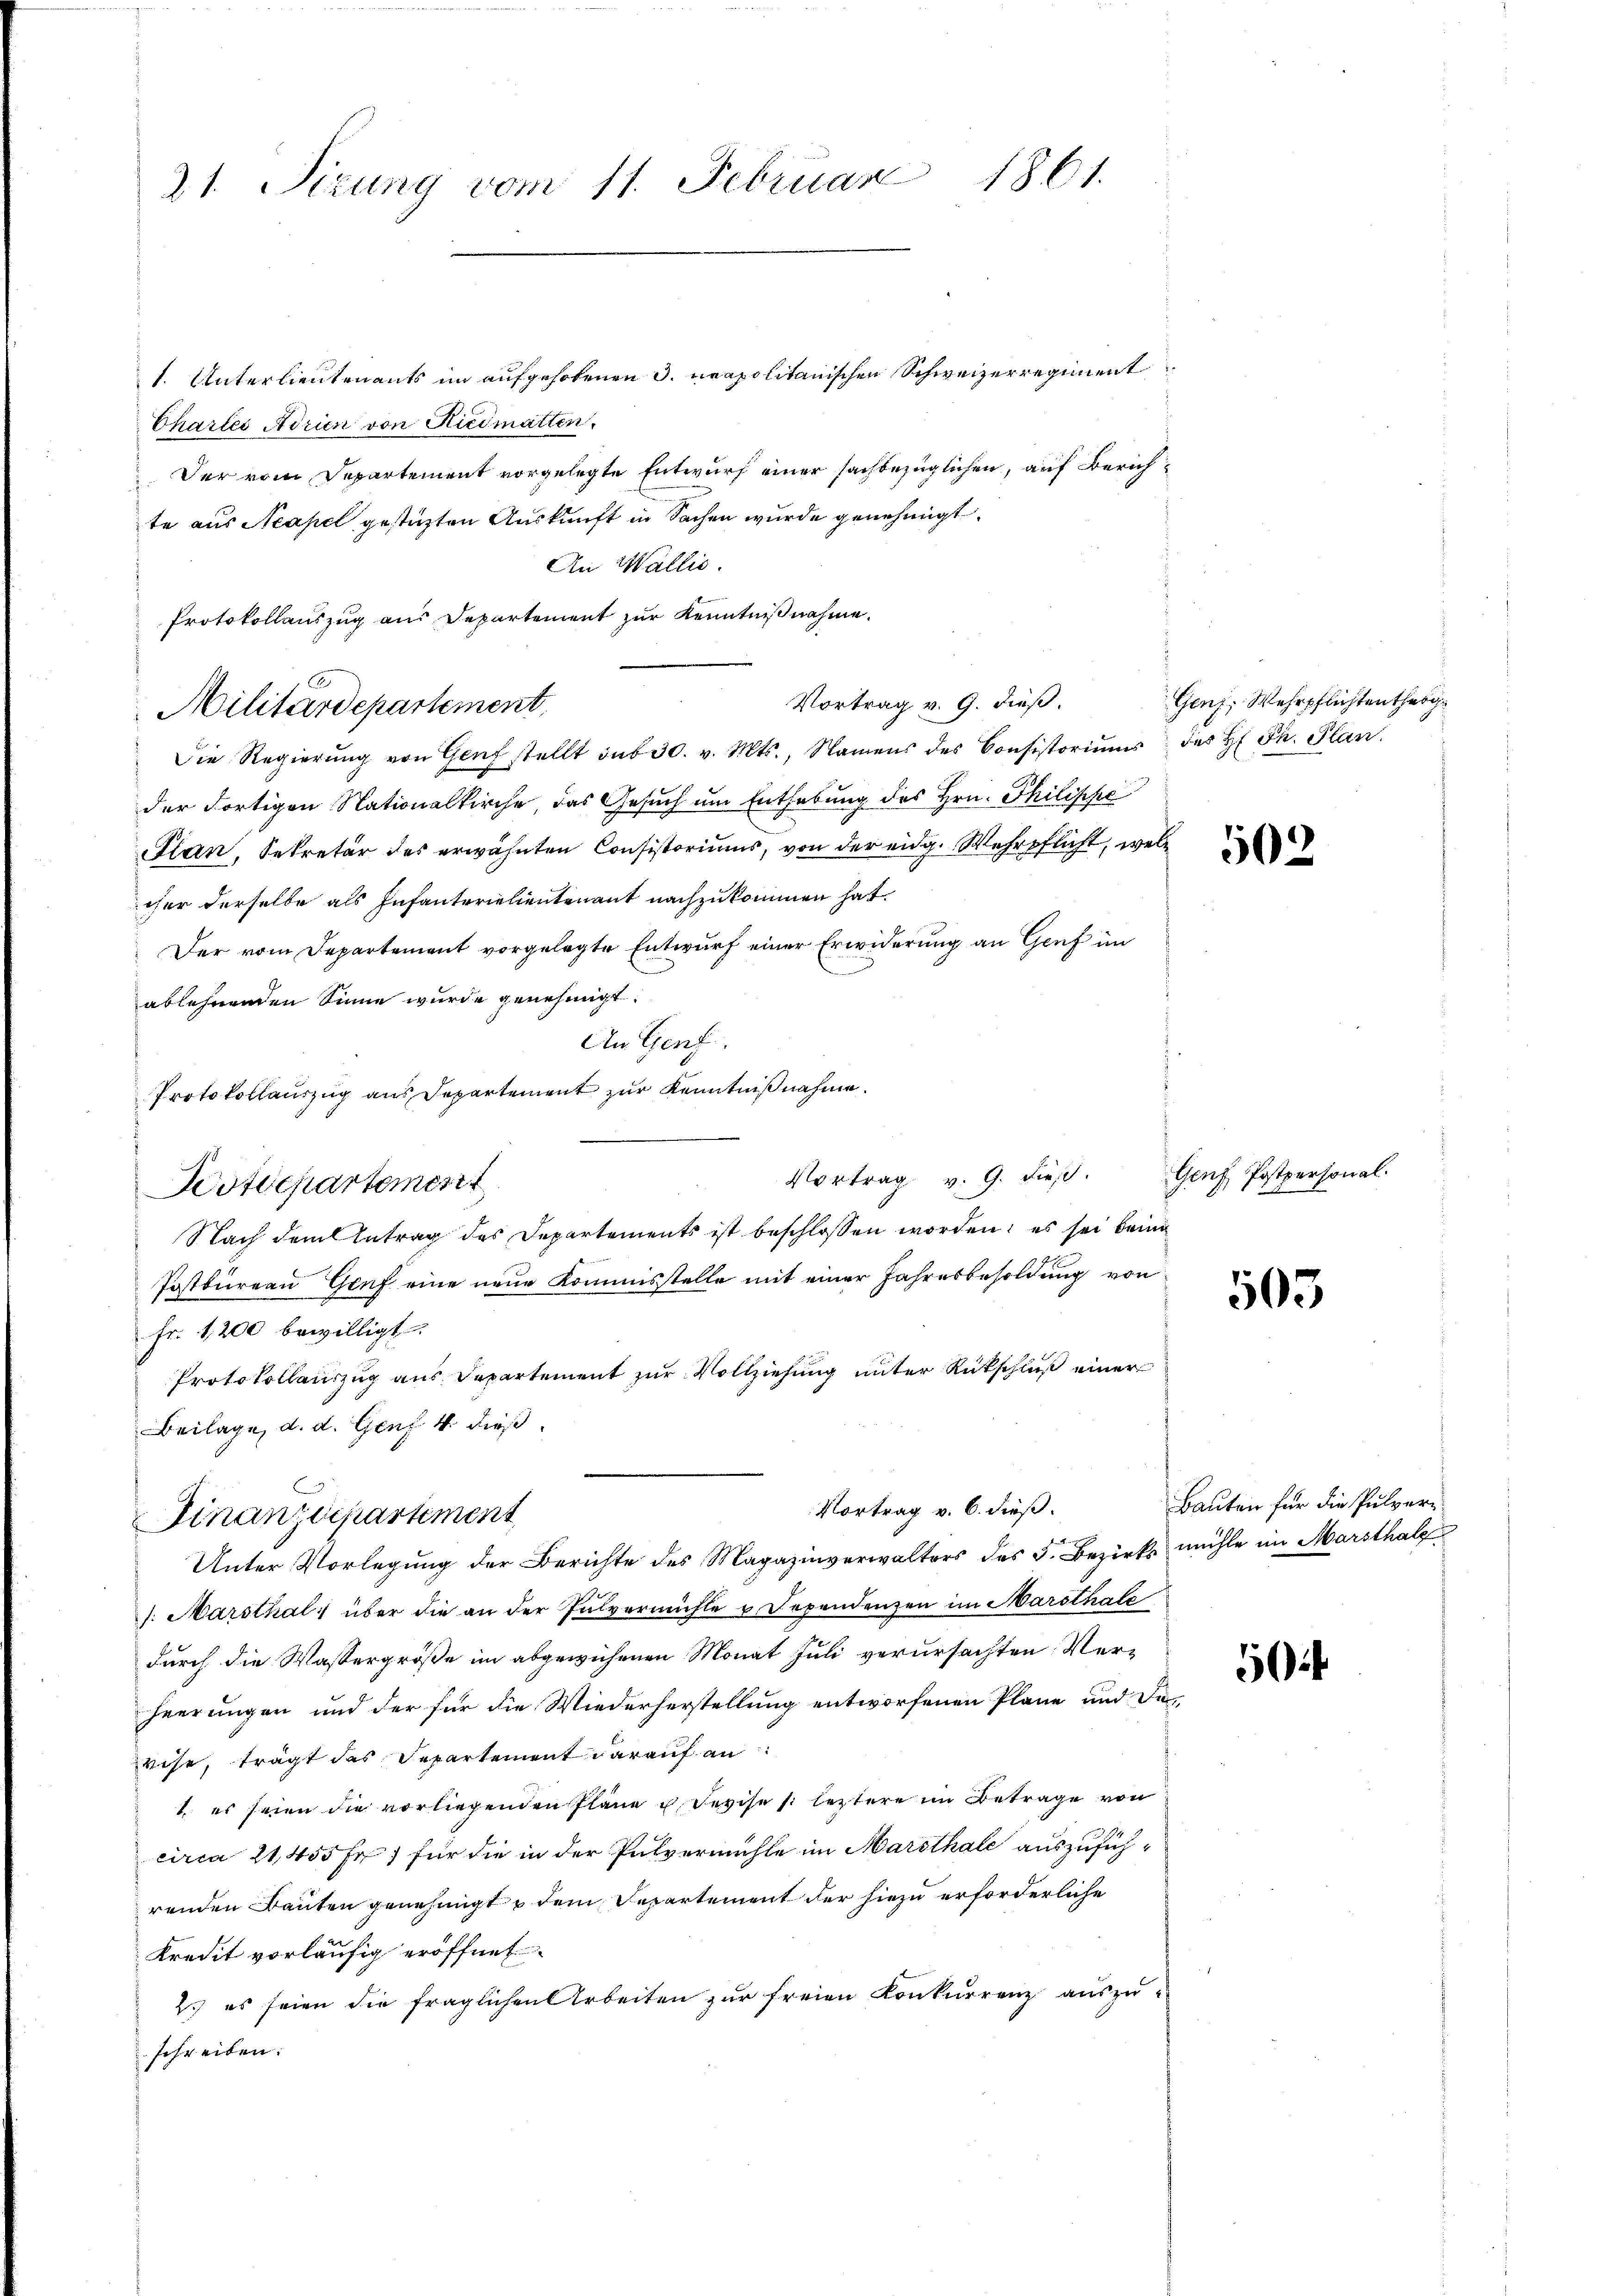
21. Sitzung vom 11. Februar 1861.

1. Unterlieutenants im aufgehobenen 3. neapolitanischen Schweizerregiment
Chartes Adrien von Riedmatten.
Der vom Departement vorgelegte Entwurf einer sachbezüglichen, auf Zürichte aus Neapel gestüzten Auskunft in Sachen wurde genehmigt.
An Wallis.
Protokollauszug aus Departement zur Kenntnißnahme.
Die Regierŭng von Genf stellt sub 30. v. Mts., Namens des Consistoriŭms des H. Th. Plan.
der Fortigen Nationalkirche, das Gesuch um Enthebung des Hrn. Philippe
Plan, Sekretär des erwähnten Consistoriums, von der eidg. Wehrpflicht, welc
cher derselbe als Infanterialientenant nachzukommen hat.
Der vom Departement vorgelegte Entwurf einer Erwiderung an Genf im
ablehnenden Sinne wurde genehmigt.
An Genf.
Protokollauszug aus Departement zur Kenntnißnahme.
Vortrag v. 9. dieß.
Postdepartemest
Nach dem Antrag des Departements ist beschlossen worden; es sei kein
Postbureau Gruf eine neue Kommisstelle mit einer Jahresbesoldung von
Fr. 1200 bewilligt.
Protokollauszug aus Departement zur Vollziehung unter Rückschluß einer
Beilage, d. d. Genf 4 dieß
Vortrag v. 6. dieß.
Finanzdepartement
Unter Vorlegung der Berichte des Magazinverwalters des 5. Bezirks mühle im Marsthal
: Marsthal über die an der Pulvermühle u. Dependenzen im Marsthale
durch die Wassergröße im abgewichenen Monat Juli verursachten Verheerungen und der für die Wiederherstellung entworfenen Pläne und de
wise, trägt das Separtement darauf an
1. es seien die vorliegenden Pläne u. Sevise si leztere im Betrage von
circa 21,455 Fr. für die in der Pulvermühle im Marthale auszuführenden Bauten genehmigt, dem Repartement der hiezu erforderliche
Kredit vorläufig eröffnet
2. es seien die fraglichen Arbeiten zur freien Konkurrenz auszu-
schreiben.

Vortrag v. 9. dieß.
Militärdepartement

Genf; Wehrpflichtentherg

502

Genf, Postpersonal.

503

Bauten für die Pulvere

50